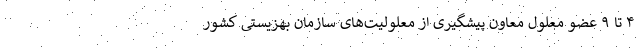
۴ تا ۹ عضو معلول معاون پیشگیری از معلولیت‌های سازمان بهزیستی کشور